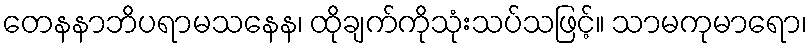
တေနနာဘိပရာမသနေန၊ ထိုချက်ကိုသုံးသပ်သဖြင့်။ သာမကုမာရော၊